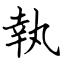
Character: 執